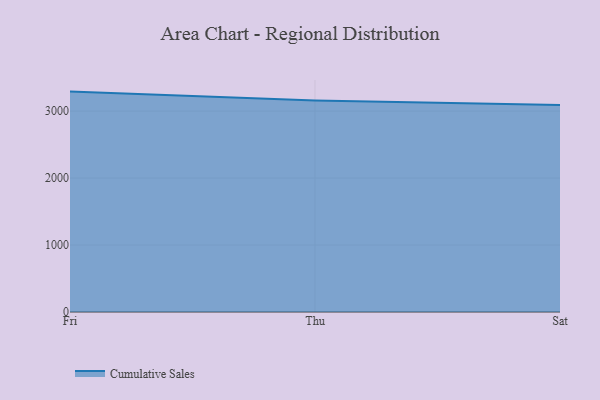
{"axis": {"x": "Day", "y": "Churn Rate (%)"}, "legend": ["Cumulative Sales"], "data": [{"x": "Fri", "y": 3290.9, "type": "Cumulative Sales"}, {"x": "Thu", "y": 3157.5, "type": "Cumulative Sales"}, {"x": "Sat", "y": 3090.5, "type": "Cumulative Sales"}]}